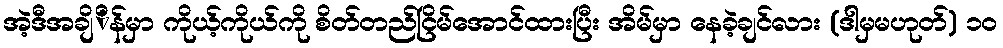
အဲ့ဒီအချိိန်မှာ ကိုယ့်ကိုယ်ကို စိတ်တည်ငြိမ်အောင်ထားပြီး အိမ်မှာ နေခဲ့ချင်လား (ဒါမှမဟုတ်) ၁၀